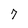
Character: 7